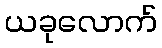
ယခုလောက်